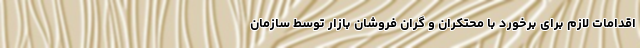
اقدامات لازم برای برخورد با محتکران و گران فروشان بازار توسط سازمان